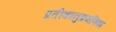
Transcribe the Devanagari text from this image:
प्रतीकानुक्रमणिका